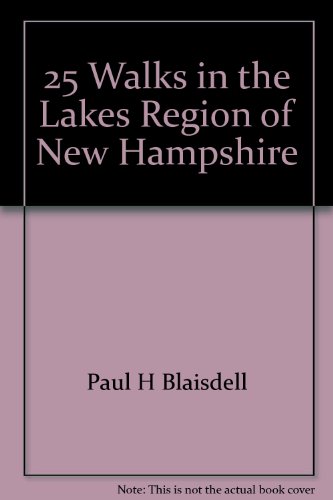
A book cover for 25 Walks in the Lakes Region of New Hampshire: Footpaths and Byways in New Hampshire's Scenic Heartland; Paul H Blaisdell; Travel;